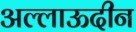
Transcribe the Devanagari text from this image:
अल्लाऊदीन